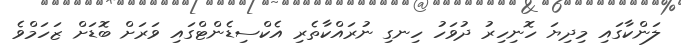
ލަންކާގައި މިދިޔަ ހޮނިހިރު ދުވަހު ހިނގި ނުރައްކާތެރި އެކްސިޑެންޓްގައި ވަރަށް ބޮޑަށް ޒަހަމްވެ